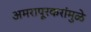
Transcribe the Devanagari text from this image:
अमरापूूरकरांमुळे